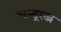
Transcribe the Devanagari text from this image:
चन्द्ररत्न